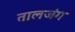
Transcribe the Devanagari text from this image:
तालजंग